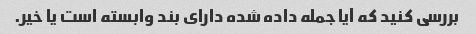
بررسی کنید که آیا جمله داده شده دارای بند وابسته است یا خیر.